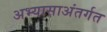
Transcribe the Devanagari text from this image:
अभ्यासाअंतर्गत